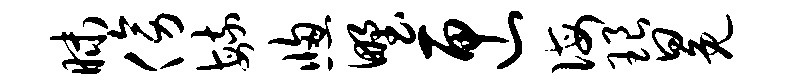
昧傍毓窗野匣诲琅冕